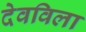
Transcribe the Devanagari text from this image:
देवविला